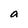
Character: a